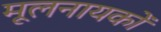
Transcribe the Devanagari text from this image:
मूलनायकों